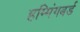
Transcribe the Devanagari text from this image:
हम्मिंगबर्ड